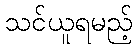
သင်ယူရမည့်